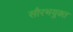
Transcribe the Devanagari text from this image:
सौरभयुक्त